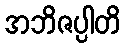
အဘိဇပ္ပါတိ